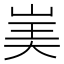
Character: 𰎡